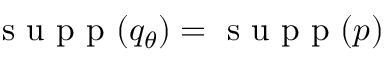
\textrm { s u p p } ( q _ { \theta } ) = \textrm { s u p p } ( p )